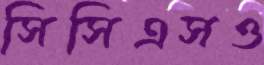
সিসিএসও